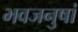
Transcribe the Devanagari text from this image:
भवजनुषां